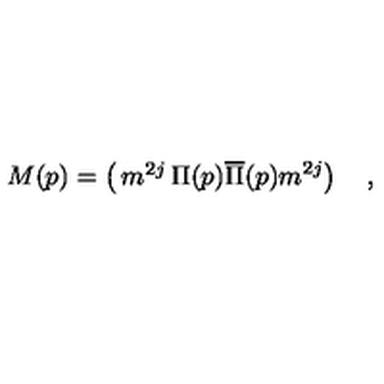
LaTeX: M ( p ) = \left( \begin{matrix} { m ^ { 2 j } } & { \Pi ( p ) } \\ { \overline { \Pi } ( p ) } & { m ^ { 2 j } } \\ \end{matrix} \right) \quad ,